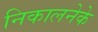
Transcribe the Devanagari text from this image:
निकालनेके